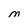
Character: M